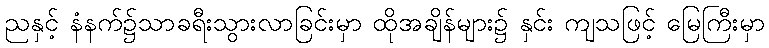
ညနှင့် နံနက်၌သာခရီးသွားလာခြင်းမှာ ထိုအချိန်များ၌ နှင်း ကျသဖြင့် မြေကြီးမှာ